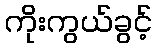
ကိုးကွယ်ခွင့်